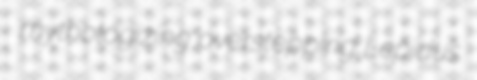
mythologizing overstepping Lepidus